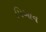
પિઆન